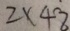
2 \times 4 8